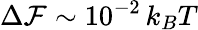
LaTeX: \Delta{\cal F}\sim 10^{-2}\, k_{B}T